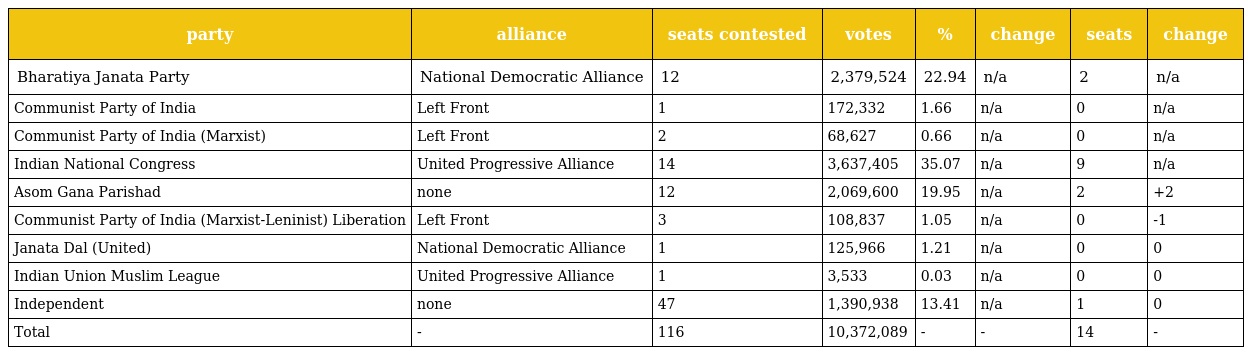
| party | alliance | seats contested | votes | % | change | seats | change |
 | --- | --- | --- | --- | --- | --- | --- | --- |
 | Bharatiya Janata Party | National Democratic Alliance | 12 | 2,379,524 | 22.94 | n/a | 2 | n/a |
 | Communist Party of India | Left Front | 1 | 172,332 | 1.66 | n/a | 0 | n/a |
 | Communist Party of India (Marxist) | Left Front | 2 | 68,627 | 0.66 | n/a | 0 | n/a |
 | Indian National Congress | United Progressive Alliance | 14 | 3,637,405 | 35.07 | n/a | 9 | n/a |
 | Asom Gana Parishad | none | 12 | 2,069,600 | 19.95 | n/a | 2 | +2 |
 | Communist Party of India (Marxist-Leninist) Liberation | Left Front | 3 | 108,837 | 1.05 | n/a | 0 | -1 |
 | Janata Dal (United) | National Democratic Alliance | 1 | 125,966 | 1.21 | n/a | 0 | 0 |
 | Indian Union Muslim League | United Progressive Alliance | 1 | 3,533 | 0.03 | n/a | 0 | 0 |
 | Independent | none | 47 | 1,390,938 | 13.41 | n/a | 1 | 0 |
 | Total | - | 116 | 10,372,089 | - | - | 14 | - |